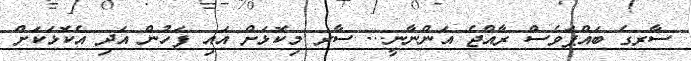
ސާރގެ ބައްޕަވެސް ރާއްޖެ އަންނާނީ... ސާރ މިކޮޅަށް އައި ފަހުން އަދި އެކޮޅަކަށް